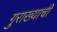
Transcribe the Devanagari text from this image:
गुराख्याची